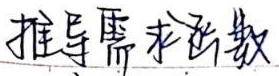
推导需求函数